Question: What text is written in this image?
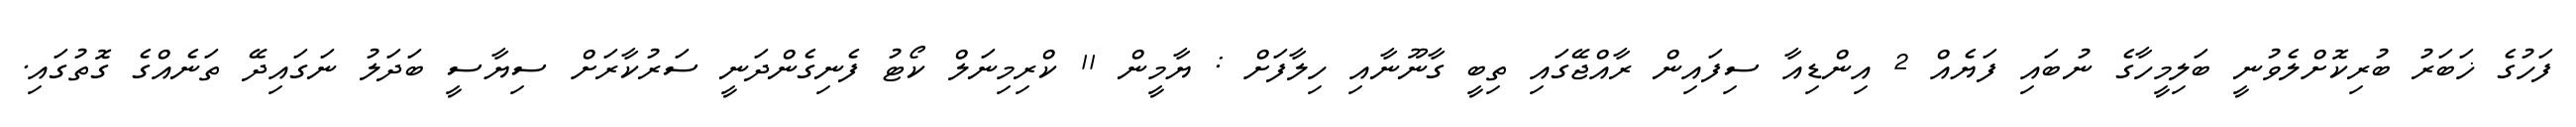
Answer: ފަހުގެ ޚަބަރު ބުރިކޮށްލެވުނީ ބަލިމީހާގެ ނުބައި ފަޔެއް 2 އިންޑިއާ ސިފައިން ރާއްޖޭގައި ތިބީ ގާނޫނާއި ހިލާފަށް : ޔާމީން 11 ކްރިމިނަލް ކޯޓު ފެނިގެންދަނީ ސަރުކާރަށް ސިޔާސީ ބަދަލު ނަގައިދޭ ތަނެއްގެ ގޮތުގައި.